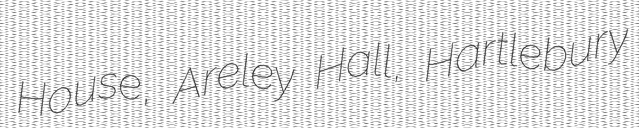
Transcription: House, Areley Hall, Hartlebury